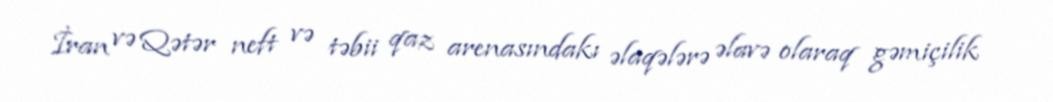
İran və Qətər neft və təbii qaz arenasındakı əlaqələrə əlavə olaraq gəmiçilik